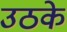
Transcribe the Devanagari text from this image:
उठके